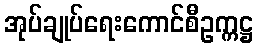
အုပ်ချုပ်ရေးကောင်စီဥက္ကဋ္ဌ